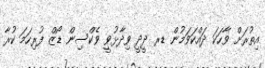
އިތުރަށް ވާހަކަ ދައްކަވަމުން ޑރ ދީދީ ވިދާޅުވީ ވެކްސިން ޑޯޒް ފުރިހަމަ ކުރާ